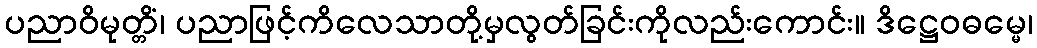
ပညာဝိမုတ္တိံ၊ ပညာဖြင့်ကိလေသာတို့မှလွတ်ခြင်းကိုလည်းကောင်း။ ဒိဋ္ဌေဝဓမ္မေ၊